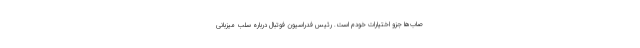
صاب‌ها جزو اختیارات خودم است. رئیس فدراسیون فوتبال درباره سلب میزبانی